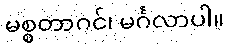
မစ္စတာဂင်၊ မင်္ဂလာပါ။